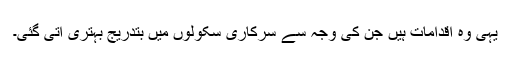
یہی وہ اقدامات ہیں جن کی وجہ سے سرکاری سکولوں میں بتدریج بہتری آتی گئی۔